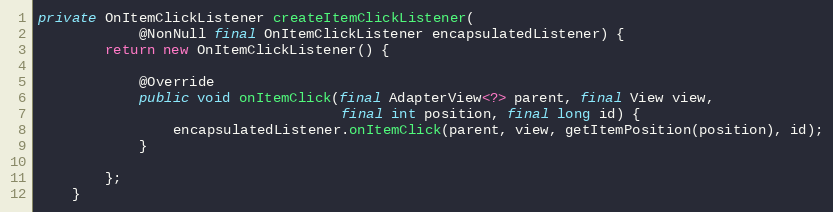
Language: Java
private OnItemClickListener createItemClickListener(
            @NonNull final OnItemClickListener encapsulatedListener) {
        return new OnItemClickListener() {

            @Override
            public void onItemClick(final AdapterView<?> parent, final View view,
                                    final int position, final long id) {
                encapsulatedListener.onItemClick(parent, view, getItemPosition(position), id);
            }

        };
    }